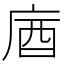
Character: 庮